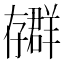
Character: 𫲳